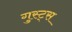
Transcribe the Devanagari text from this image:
गुस्ट्स